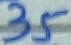
Text: 35